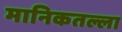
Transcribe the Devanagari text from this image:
मानिकतल्ला